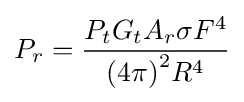
P_{r}={{P_{t}G_{t}A_{r}\sigma F^{4}} \over {{(4\pi )}^{2}R^{4}}}